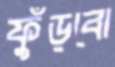
ফুঁড়বো